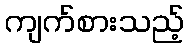
ကျက်စားသည့်